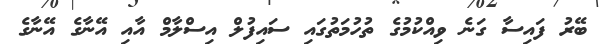
ބޭރު ފައިސާ ގަނެ ވިއްކުމުގެ ތުހުމަތުގައި ސައިފުލް އިސްލާމް އާއި އޭނާގެ އޭނާގެ